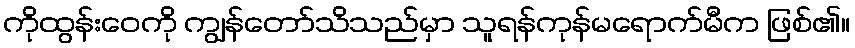
ကိုထွန်းဝေကို ကျွန်တော်သိသည်မှာ သူရန်ကုန်မရောက်မီက ဖြစ်၏။